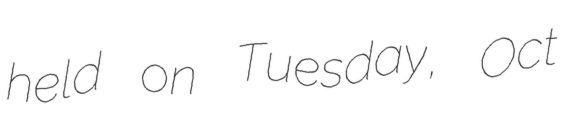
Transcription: held on Tuesday, Oct